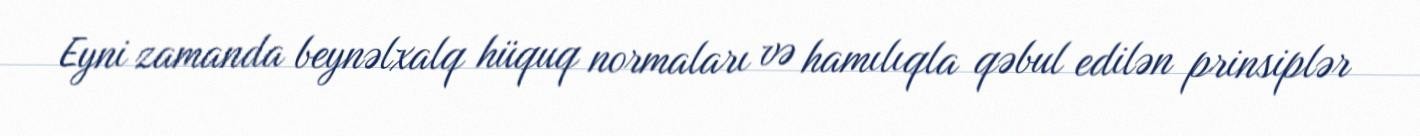
Eyni zamanda beynəlxalq hüquq normaları və hamılıqla qəbul edilən prinsiplər